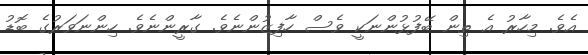
އެވެ. މިހާރު އެ ތިން ބޭފުޅުންނަކީ ވެސް ހާފިޒުންނެވެ. ގާރީންނެވެ. ހިންނަވަރުގެ ބޮޑު